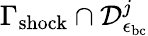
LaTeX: \Gamma_{\mathrm{shock}}\cap\mathcal{D}_{\epsilon_{\mathrm{bc}}}^{j}